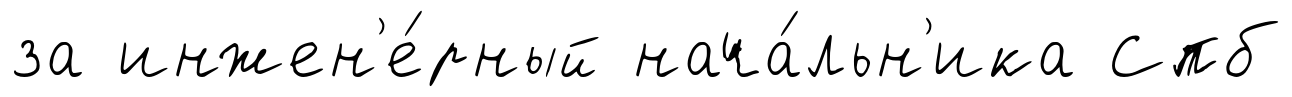
за инжен'е́рный нача́льн'ика Спб